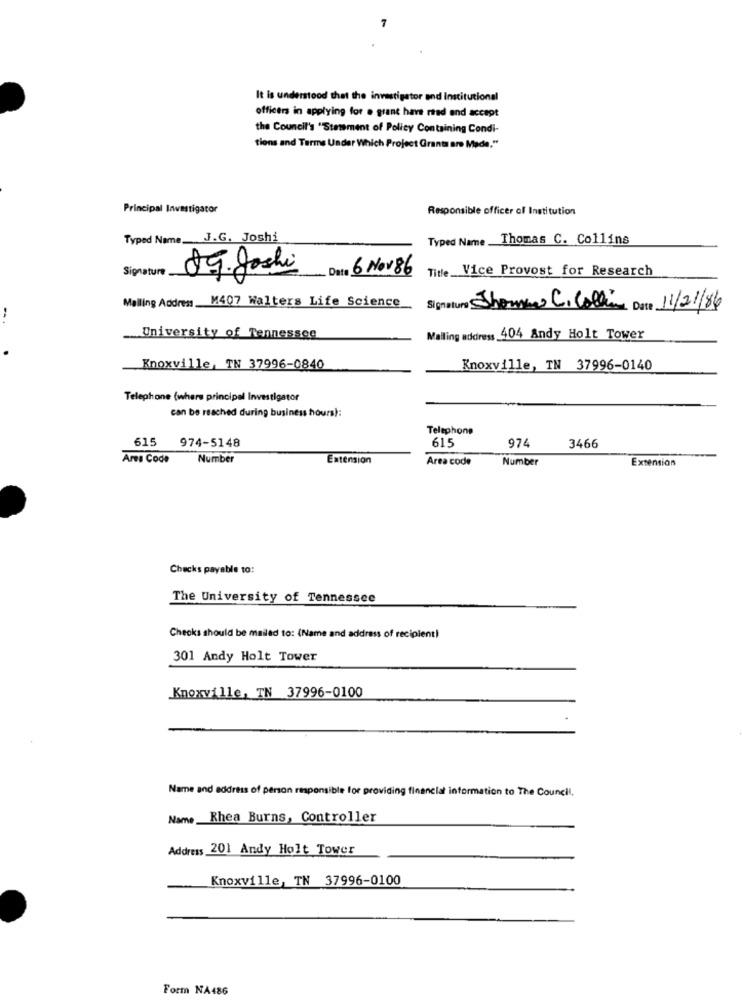
It is understood that the investigator and Institutional
officers in applying for . grant have read and accept
the Council's "Stamment of Policy Containing Condi-
tions and Terme Under Which Project Grants are Made."
Principal Investigator
Responsible officer of Institution
Typed Name. J.G. Joshi
Typed Name Thomas C. Collins
Signature
Date 6 Nov 86
Title_ _ Vice Provost for Research
89. Joshi
Mailing Address, M407 Walters Life Science
Signature Shomme C. Calling Date 11/21/86
University of Tennessee
Mailing address 404 Andy Holt Tower
Knoxville, TN 37996-0840
Knoxville, TN 37996-0140
Telephone (where principal Investigator
can be reached during business hours):
Telephone
615
615 974-5148
974
3466
Area Code
Number
Extension
Area code
Number
Extension
Checks payable to:
The University of Tennessee
Checks should be mailed to: (Name and address of recipient)
301 Andy Holt Tower
Knoxville, TN 37996-0100
Name and address of person rinponsible for providing financial information to The Council.
Name _Rhea Burns, Controller
Address 201 Andy Holt Tower
Knoxville, TN 37996-0100
Form NA486